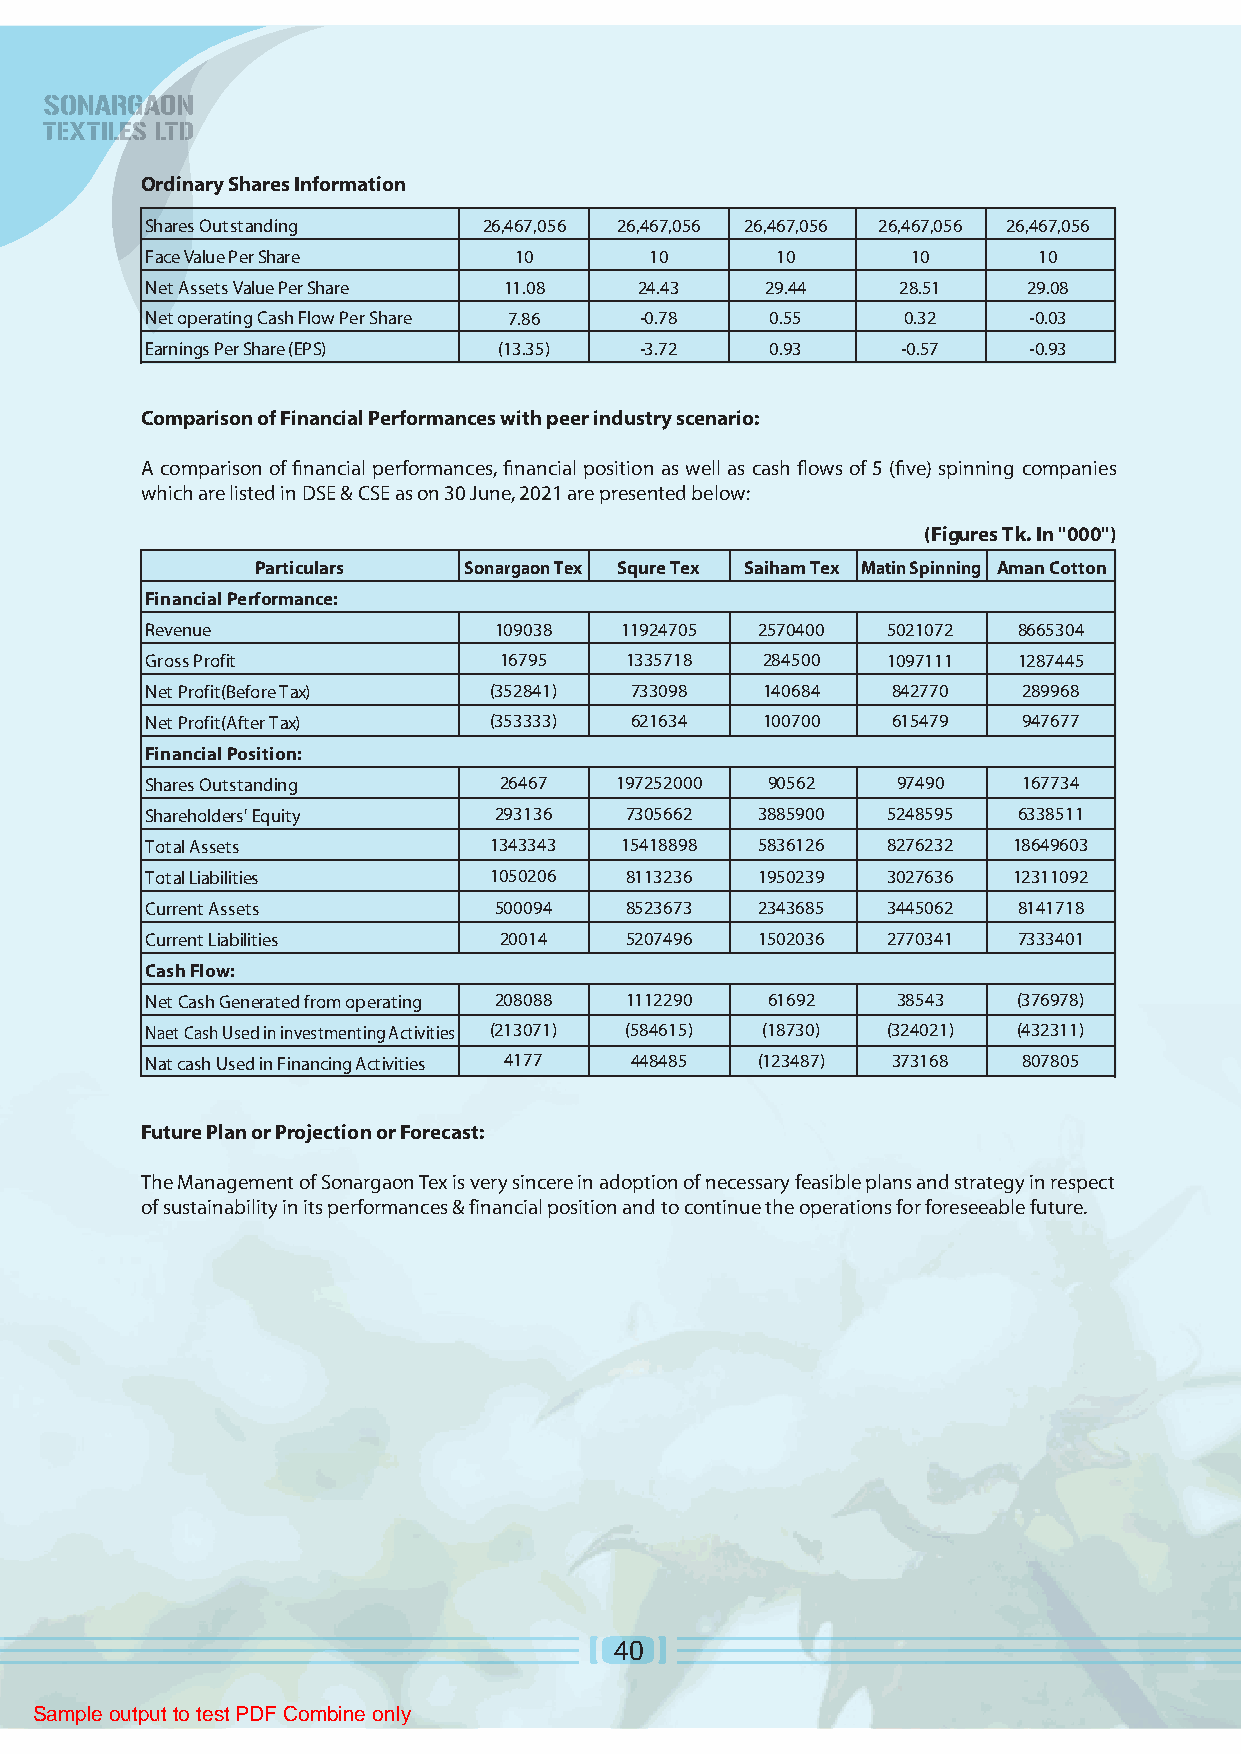
Ordinary Shares Information
 Shares Outstanding    26,467,056 26,467,056 26,467,056 26,467,056 26,467,056
 Face Value Per Share    10       10      10       10       10
 Net Assets Value Per Share 11.08 24.43   29.44   28.51    29.08
 Net operating Cash Flow Per Share 7.86 -0.78 0.55 0.32    -0.03
 Earnings Per Share (EPS) (13.35) -3.72   0.93     -0.57   -0.93
 Comparison of Financial Performances with peer industry scenario:
 A comparison of financial performances, financial position as well as cash flows of 5 (five) spinning companies
 which are listed in DSE & CSE as on 30 June, 2021 are presented below:
 (Figures Tk. In "000")
 Particulars   Sonargaon Tex Squre Tex Saiham Tex Matin Spinning Aman Cotton
 Financial Performance:
 Revenue                109038  11924705 2570400  5021072 8665304
 Gross Profit           16795   1335718  284500   1097111 1287445
 Net Profit(Before Tax) (352841) 733098  140684   842770   289968
 Net Profit(After Tax) (353333)  621634  100700   615479   947677
 Financial Position:
 Shares Outstanding     26467   197252000 90562   97490    167734
 Shareholders' Equity   293136  7305662  3885900  5248595 6338511
 Total Assets          1343343  15418898 5836126  8276232 18649603
 Total Liabilities     1050206  8113236  1950239  3027636 12311092
 Current Assets         500094  8523673  2343685  3445062 8141718
 Current Liabilities    20014   5207496  1502036  2770341 7333401
 Cash Flow:
 Net Cash Generated from operating 208088 1112290 61692 38543 (376978)
 Naet Cash Used in investmenting Activities (213071) (584615) (18730) (324021) (432311)
 Nat cash Used in Financing Activities 4177 448485 (123487) 373168 807805
 Future Plan or Projection or Forecast:
 The Management of Sonargaon Tex is very sincere in adoption of necessary feasible plans and strategy in respect
 of sustainability in its performances & financial position and to continue the operations for foreseeable future.
 40
 Sample output to test PDF Combine only